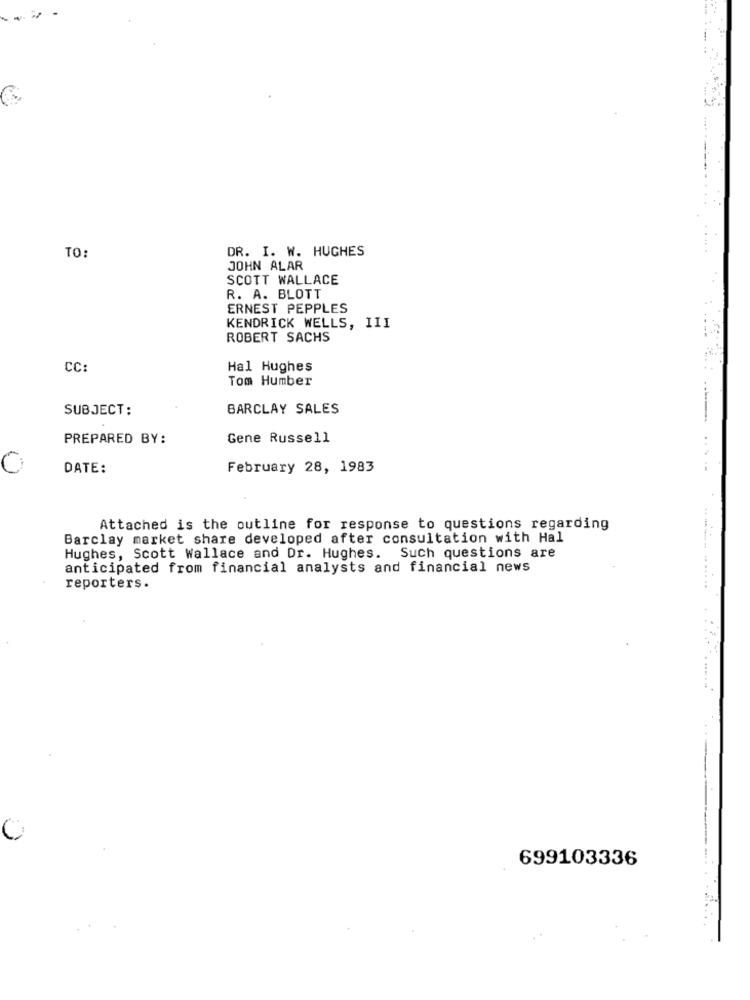
..
DR. I. W. HUGHES
TO:
JOHN ALAR
SCOTT WALLACE
R. A. BLOTT
ERNEST PEPPLES
KENDRICK WELLS, III
ROBERT SACHS
CC:
Hal Hughes
Tom Humber
SUBJECT:
BARCLAY SALES
PREPARED BY:
Gene Russell
C
DATE:
February 28, 1983
Attached is the outline for response to questions regarding
Barclay market share developed after consultation with Hal
Hughes, Scott Wallace and Dr. Hughes. Such questions are
anticipated from financial analysts and financial news
reporters.
C
699103336